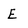
Character: E